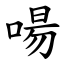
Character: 啺